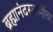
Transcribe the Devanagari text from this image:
ब्रह्मानंदस्वामींचा